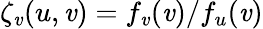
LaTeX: \zeta_{\mathit{v}}(u,\mathit{v})=f_{\mathit{v}}(\mathit{v})/f_{u}(\mathit{v})